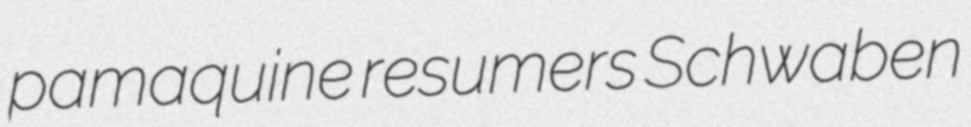
pamaquine resumers Schwaben